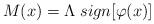
LaTeX: \begin{align*} M(x) = \Lambda \; sign [\varphi(x)]\end{align*}